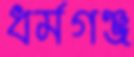
ধর্মগঞ্জ